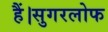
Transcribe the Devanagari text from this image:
हैं।सुगरलोफ